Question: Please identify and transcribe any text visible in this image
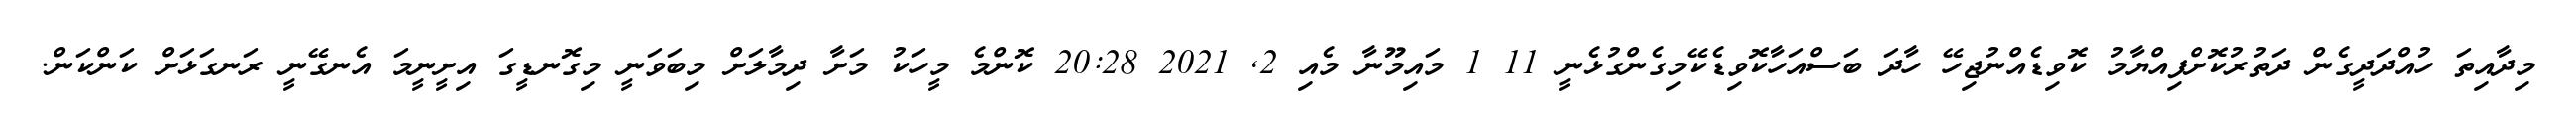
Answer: މިދާއިތަ ހުއްދަދީގެން ދަތުރުކޮށްފިއްޔާމު ކޮވިޑެއްނުޖިހޭ ހާދަ ބަސްއަހާކޮވިޑެކޭމިގެންގުޅެނީ 11 1 މައިމޫނާ މެއި 2, 2021 20:28 ކޮންމެ މީހަކު މަށާ ދިމާލަށް މިބަވަނީ މިގޮނޑީގަ އިށީނީމަ އެނގޭނީ ރަނގަޅަށް ކަންކަން.